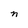
Character: n